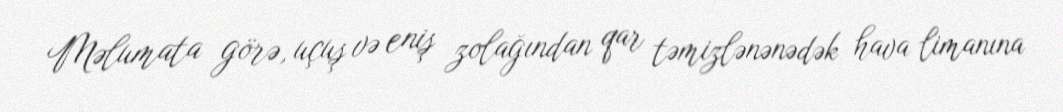
Məlumata görə, uçuş və eniş zolağından qar təmizlənənədək hava limanına